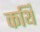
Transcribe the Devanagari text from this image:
कर्थि